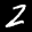
Label: 2